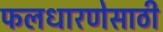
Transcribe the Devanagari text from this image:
फलधारणेसाठी